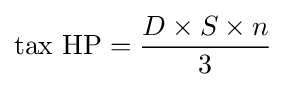
{\text{tax HP}}={\frac {D\times S\times n}{3}}